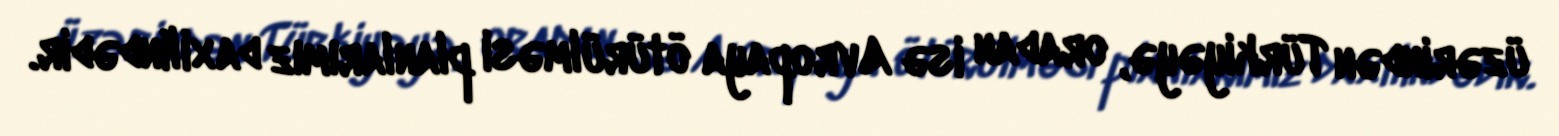
üzərindən Türkiyəyə, oradan isə Avropaya ötürülməsi planlarımız daxilindədir.